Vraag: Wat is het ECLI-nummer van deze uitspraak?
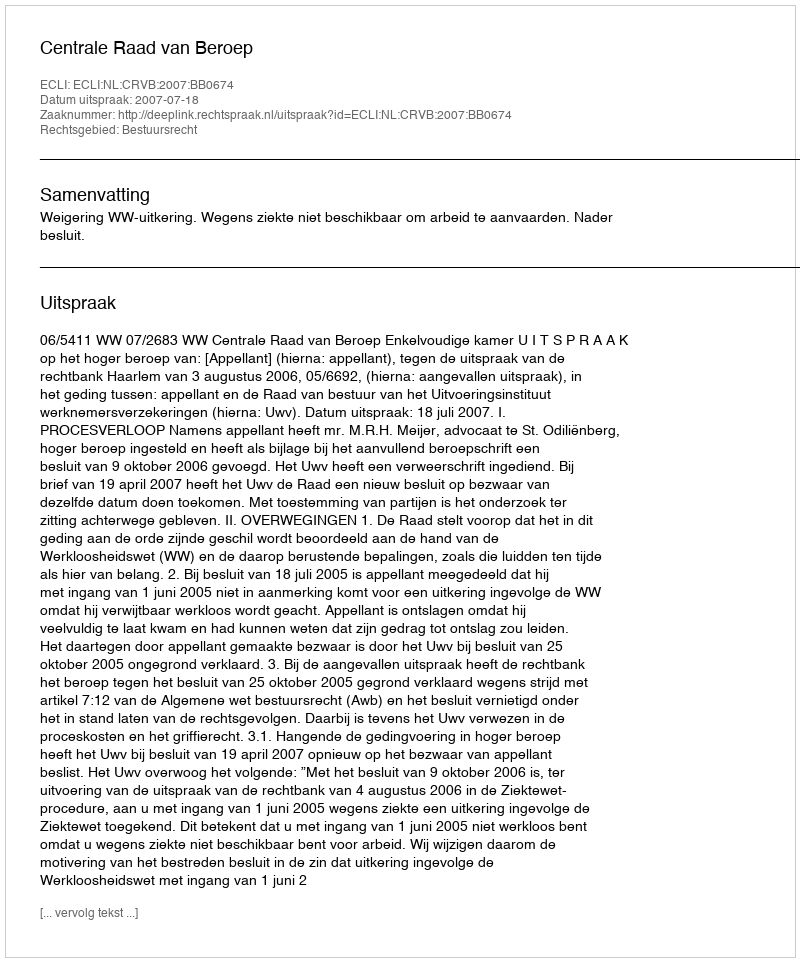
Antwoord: ECLI:NL:CRVB:2007:BB0674